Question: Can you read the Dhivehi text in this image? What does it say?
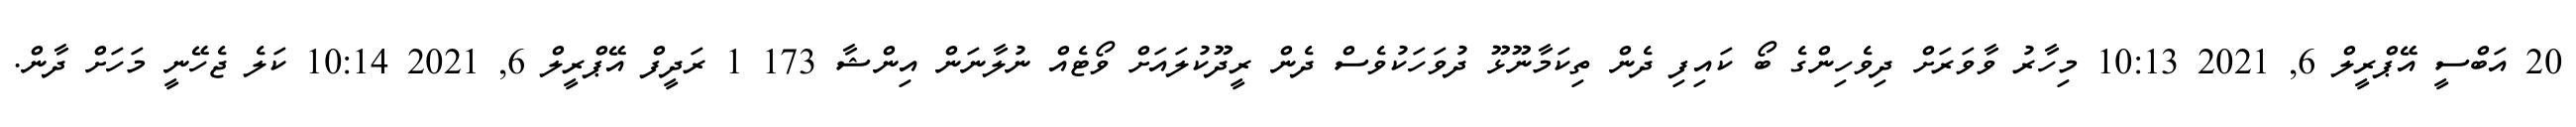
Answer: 20 އަބްސީ އޭޕްރީލް 6, 2021 10:13 މިހާރު ވާވަރަށް ދިވެހިންގެ ބޯ ކައިފި ދެން ތިކަމާނޫޅޫ ދުވަހަކުވެސް ދެން ރީދޫކުލައަށް ވޯޓެއް ނުލާނަން އިންޝާ 173 1 ރަދީފް އޭޕްރީލް 6, 2021 10:14 ކަލެ ޖެހޭނީ މަހަށް ދާން.